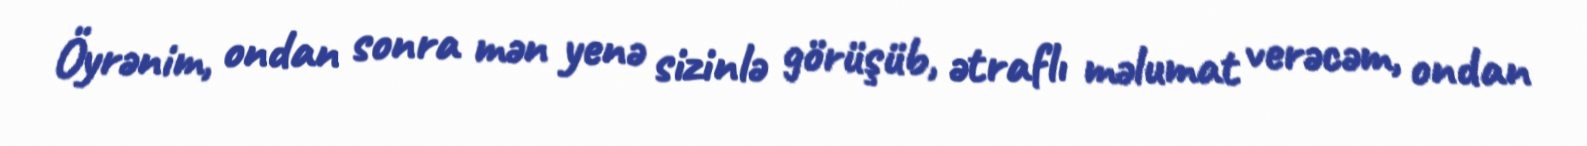
Öyrənim, ondan sonra mən yenə sizinlə görüşüb, ətraflı məlumat verəcəm, ondan